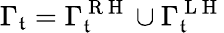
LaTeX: \Gamma_{\mathfrak{t}}=\Gamma_{\mathfrak{t}}^{\mathrm{{~R~H~}}}\cup\Gamma_{\mathfrak{t}}^{\mathrm{{~L~H~}}}